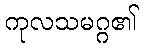
ကုလသမဂ္ဂ၏